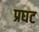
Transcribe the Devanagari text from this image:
प्रघट